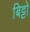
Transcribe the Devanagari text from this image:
बिट्टो